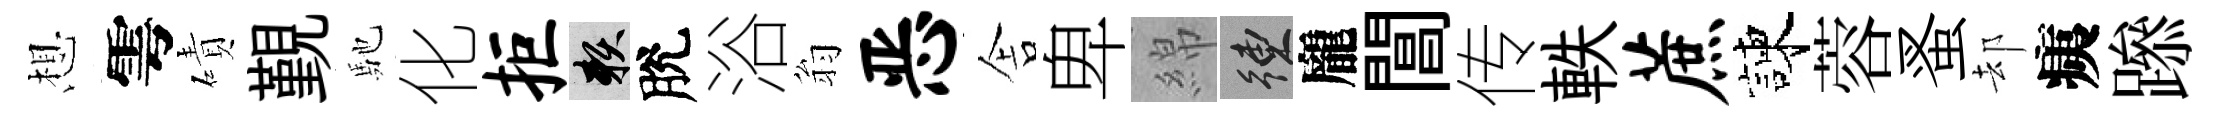
想雩磧覲馳化拒賴脫浴翁恶舎卑綿練龐閶传軼蔗諫蓉蚤却痍𨅶